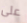
على